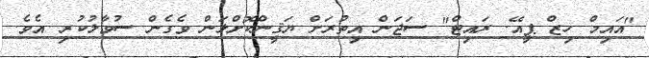
"އައިމް ހިޒް ޕީއޭ. ރައިޓް" ސަޖަން އިތުރަށް ޔަޤީންކޮށްލަން ވެގެން ސުވާލުކުރި އެވެ.